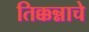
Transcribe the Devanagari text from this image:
तिक्कन्नाचे